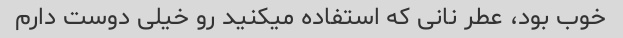
خوب بود، عطر نانی که استفاده میکنید رو خیلی دوست دارم